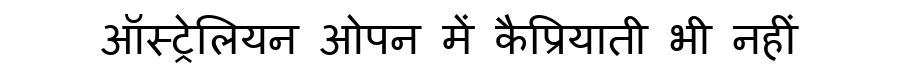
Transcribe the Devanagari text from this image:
ऑस्ट्रेलियन ओपन में कैप्रियाती भी नहीं